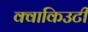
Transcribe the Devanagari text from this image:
क्वाकिउटी